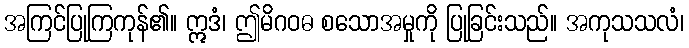
အကြင်ပြုကြကုန်၏။ ဣဒံ၊ ဤမိဂဝဓ စသောအမှုကို ပြုခြင်းသည်။ အကုသသလံ၊